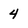
Character: 4